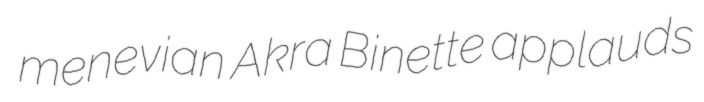
menevian Akra Binette applauds